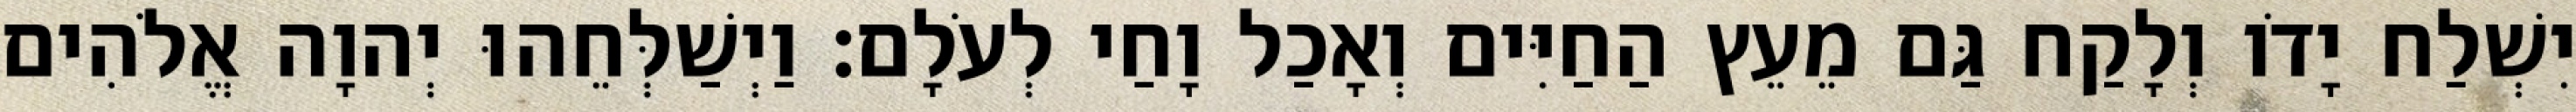
יִשְׁלַח יָדֹו וְלָקַח גַּם מֵעֵץ הַחַיִּים וְאָכַל וָחַי לְעֹלָם׃ וַיְשַׁלְּחֵהוּ יְהוָה אֱלֹהִים